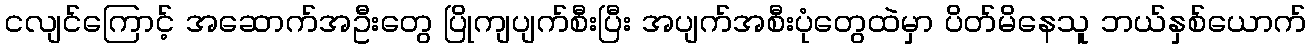
ငလျင်ကြောင့် အဆောက်အဦးတွေ ပြိုကျပျက်စီးပြီး အပျက်အစီးပုံတွေထဲမှာ ပိတ်မိနေသူ ဘယ်နှစ်ယောက်